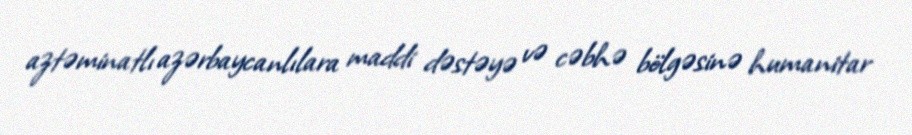
aztəminatlı azərbaycanlılara maddi dəstəyə və cəbhə bölgəsinə humanitar